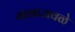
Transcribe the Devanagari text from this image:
गावाजवळे